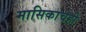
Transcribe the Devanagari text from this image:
मासिकाचेही